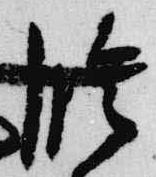
段